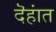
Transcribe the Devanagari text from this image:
दॆहांत